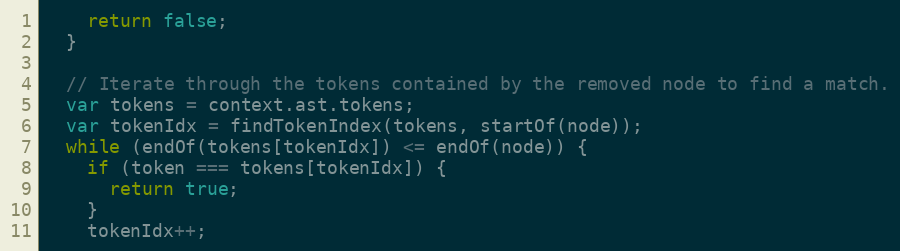
Language: JavaScript
    return false;
  }

  // Iterate through the tokens contained by the removed node to find a match.
  var tokens = context.ast.tokens;
  var tokenIdx = findTokenIndex(tokens, startOf(node));
  while (endOf(tokens[tokenIdx]) <= endOf(node)) {
    if (token === tokens[tokenIdx]) {
      return true;
    }
    tokenIdx++;